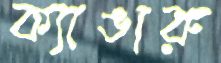
ক্যাঙারু